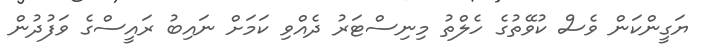
ޔަގީންކަން ވެސް ކުވޭތުގެ ހެލްތު މިނިސްޓަރު ދެއްވި ކަމަށް ނައިބު ރައީސްގެ ވަފުދުން